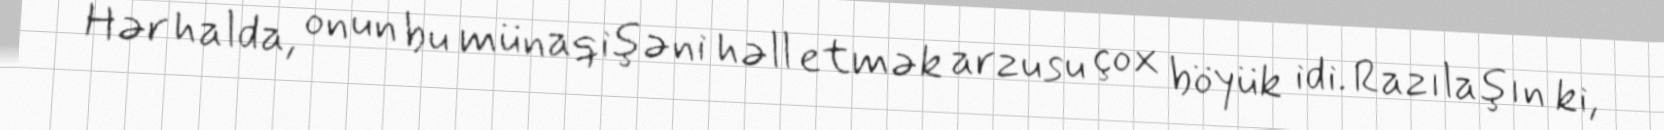
Hər halda, onun bu münaqişəni həll etmək arzusu çox böyük idi. Razılaşın ki,